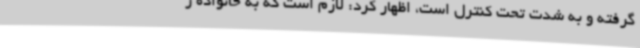
گرفته و به شدت تحت کنترل است، اظهار کرد: لازم است که به خانواده ز